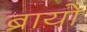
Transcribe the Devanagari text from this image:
ब्रायो